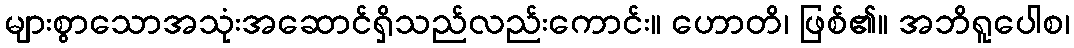
များစွာသောအသုံးအဆောင်ရှိသည်လည်းကောင်း။ ဟောတိ၊ ဖြစ်၏။ အဘိရူပေါစ၊